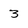
Character: 3